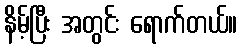
နိမ့်ပြီး အတွင်း ရောက်တယ်။